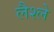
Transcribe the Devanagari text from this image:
लैश्ले